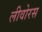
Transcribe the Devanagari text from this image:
लीवोरस